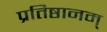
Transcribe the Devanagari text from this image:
प्रतिष्ठानम्